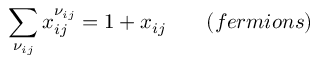
\sum _ { \nu _ { i j } } x _ { i j } ^ { \nu _ { i j } } = 1 + x _ { i j } \; \; \; \; \; \; \; ( f e r m i o n s )